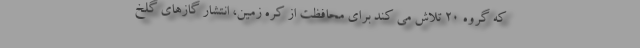
که گروه ۲۰ تلاش می کند برای محافظت از کره زمین، انتشار گازهای گلخ